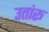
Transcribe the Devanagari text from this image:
उतांरू